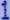
1